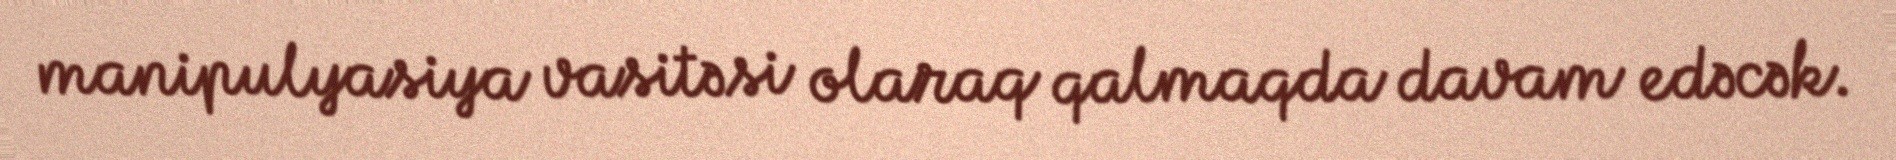
manipulyasiya vasitəsi olaraq qalmaqda davam edəcək.